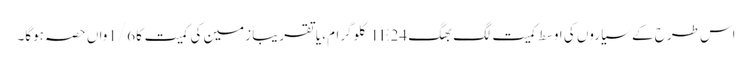
اس طرح کے سیاروں کی اوسط کمیت لگ بھگ 1E24 کلوگرام، یا تقریباً زمین کی کمیت کا 1/6واں حصہ ہوگا۔